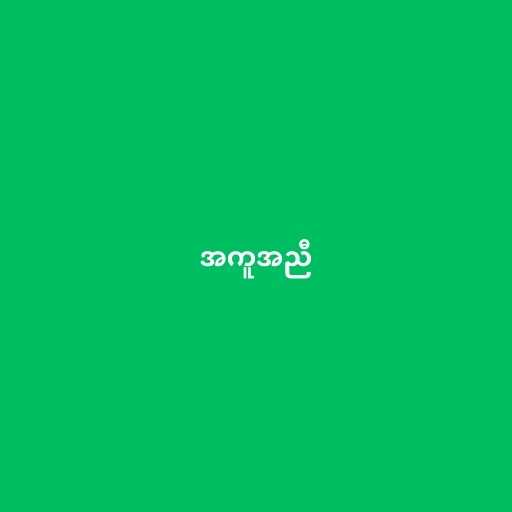
အကူအညီ